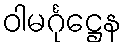
ဝါမင်္ဂုဋ္ဌေန